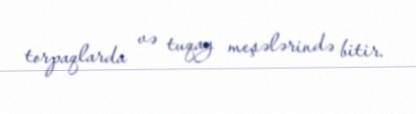
torpaqlarda və tuqay meşələrində bitir.